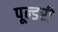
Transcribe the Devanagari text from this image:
पून्डरी